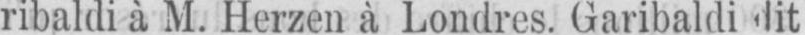
ribaldi à M. Herzen à Londres. Garibaldi dit